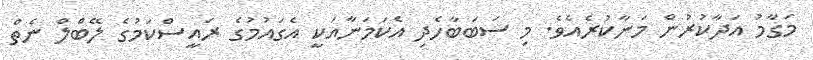
މަގާމު އަދާކުރުން މަނާކުރެއެވެ. މި ސަބަބާހެދި އެކަމަނާއަކީ އެގައުމުގެ ރައީސްކަމުގެ ލޭބްލް ނެތް